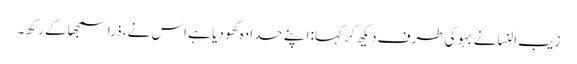
زیب النسانے بہو کی طرف دیکھ کر کہا: اپنے حدادہ کھو دیا ہے اس نے، ذرا سمجھا کے رکھ۔